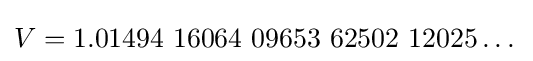
V=1.01494\ 16064\ 09653\ 62502\ 12025\dots